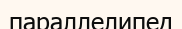
параллелипед